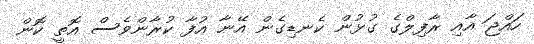
ހައްޖަ އާއި ރާފިލްގެ ގުޅުން ކެނޑިގެން އޭނާ އުފާ ކުރާންވެސް އޮތީ ކޮން